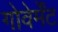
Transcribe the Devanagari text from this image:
गोवेर्मेंट